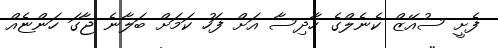
ފެށީ ސުއޭޒް ކެނެލްގެ ހާދިސާ އަށް ފަހު ކަމަށް ބަލާނެ ޖާގަ ހަންޏެއް